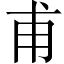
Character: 甫